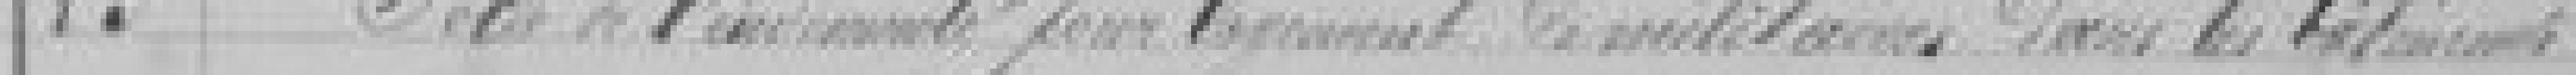
23. ?? de l'ancienneté pour logement de militaires dans les bâtiments